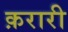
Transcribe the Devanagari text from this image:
क़रारी